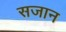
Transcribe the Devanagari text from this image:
सजान